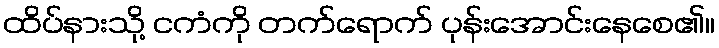
ထိပ်နားသို့ ငကံကို တက်ရောက် ပုန်းအောင်းနေစေ၏။